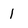
Character: l